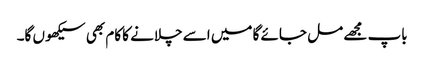
باپ مجھے مل جائے گا میں اسے چلانے کا کام بھی سیکھوں گا۔